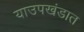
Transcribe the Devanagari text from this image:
याउपखंडात